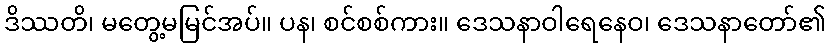
ဒိဿတိ၊ မတွေ့မမြင်အပ်။ ပန၊ စင်စစ်ကား။ ဒေသနာဝါရေနေဝ၊ ဒေသနာတော်၏